Annual report of the Imperial Bacteriological Laboratory, Muktesar
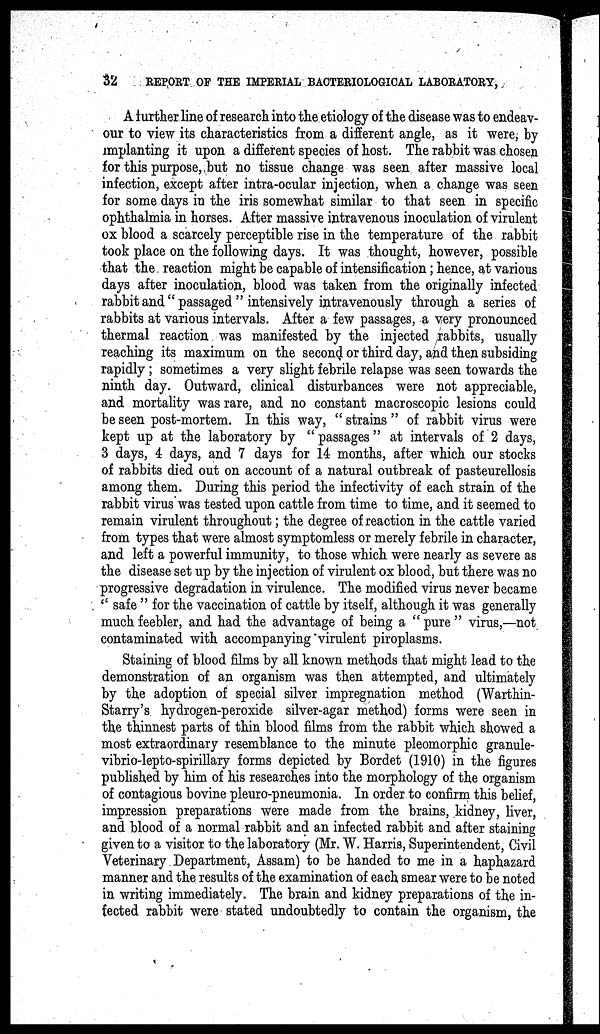
32
REPORT OF THE IMPERIAL BACTERIOLOGICAL LABORATORY,
A further line of research into the etiology of the disease was to endeav-
our to view its characteristics from a different angle, as it were, by
implanting it upon a different species of host. The rabbit was chosen
for this purpose, but no tissue change was seen after massive local
infection, except after intra-ocular injection, when a change was seen
for some days in the iris somewhat similar to that seen in specific
ophthalmia in horses. After massive intravenous inoculation of virulent
ox blood a scarcely perceptible rise in the temperature of the rabbit
took place on the following days. It was thought, however, possible
that the reaction might be capable of intensification; hence, at various
days after inoculation, blood was taken from the originally infected
rabbit and " passaged " intensively intravenously through a series of
rabbits at various intervals. After a few passages, a very pronounced
thermal reaction was manifested by the injected rabbits, usually
reaching its maximum on the second or third day, and then subsiding
rapidly; sometimes a very slight febrile relapse was seen towards the
ninth day. Outward, clinical disturbances were not appreciable,
and mortality was rare, and no constant macroscopic lesions could
be seen post-mortem. In this way, " strains " of rabbit virus were
kept up at the laboratory by " passages" at intervals of 2 days,
3 days, 4 days, and 7 days for 14 months, after which our stocks
of rabbits died out on account of a natural outbreak of pasteurellosis
among them. During this period the infectivity of each strain of the
rabbit virus was tested upon cattle from time to time, and it seemed to
remain virulent throughout; the degree of reaction in the cattle varied
from types that were almost symptomless or merely febrile in character,
and left a powerful immunity, to those which were nearly as severe as
the disease set up by the injection of virulent ox blood, but there was no
progressive degradation in virulence. The modified virus never became
" safe " for the vaccination of cattle by itself, although it was generally
much feebler, and had the advantage of being a " pure " virus,—not
contaminated with accompanying virulent piroplasms.
Staining of blood films by all known methods that might lead to the
demonstration of an organism was then attempted, and ultimately
by the adoption of special silver impregnation method (Warthin-
Starry's hydrogen-peroxide silver-agar method) forms were seen in
the thinnest parts of thin blood films from the rabbit which showed a
most extraordinary resemblance to the minute pleomorphic granule-
vibrio-lepto-spirillary forms depicted by Bordet (1910) in the figures
published by him of his researches into the morphology of the organism
of contagious bovine pleuro-pneumonia. In order to confirm this belief,
impression preparations were made from the brains, kidney, liver,
and blood of a normal rabbit and an infected rabbit and after staining
given to a visitor to the laboratory (Mr. W. Harris, Superintendent, Civil
Veterinary Department, Assam) to be handed to me in a haphazard
manner and the results of the examination of each smear were to be noted
in writing immediately. The brain and kidney preparations of the in-
fected rabbit were stated undoubtedly to contain the organism, the